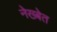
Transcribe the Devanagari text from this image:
नेख्बेत